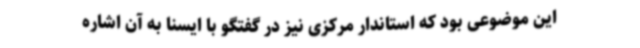
این موضوعی بود که استاندار مرکزی نیز در گفتگو با ایسنا به آن اشاره